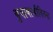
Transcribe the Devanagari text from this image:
बुवाबाजीविरुद्ध